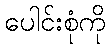
ပေါင်းစုံကို